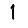
Digit: 1